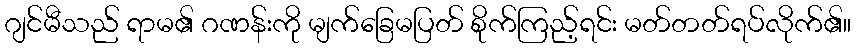
ဂျင်မီသည် ရာမ၏ ဂဏန်းကို မျက်ခြေမပြတ် စိုက်ကြည့်ရင်း မတ်တတ်ရပ်လိုက်၏။